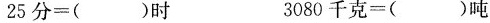
$$2 5 分 = ( ) 时$$ $$3 0 8 0 千 克 = ( ) 吨$$